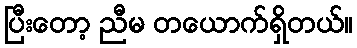
ပြီးတော့ ညီမ တယောက်ရှိတယ်။